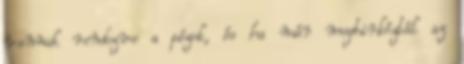
vannak rendezve a pózok, és ha már megbirkóztál az